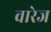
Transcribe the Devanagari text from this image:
वारेज